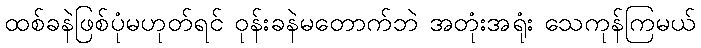
ထစ်ခနဲဖြစ်ပုံမဟုတ်ရင် ဝုန်းခနဲမတောက်ဘဲ အတုံးအရုံး သေကုန်ကြမယ်